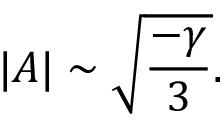
| A | \sim \sqrt { \frac { - \gamma } { 3 } } .